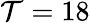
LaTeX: \mathcal{T}=18